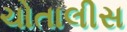
ચોતાલીસ